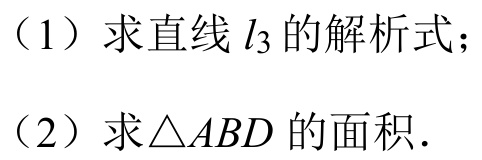
（1）求直线 \(l_{3}\) 的解析式；
（2）求\(\triangle ABD\) 的面积．